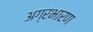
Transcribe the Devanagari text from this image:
अग्रभारण